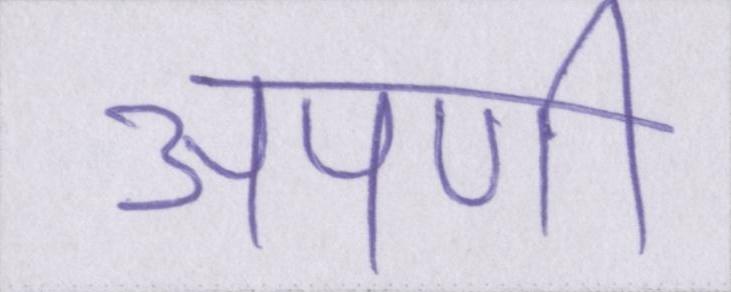
अपणी